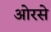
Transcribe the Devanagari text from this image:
ओरसे